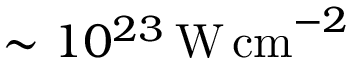
\sim 1 0 ^ { 2 3 } \, \mathrm { W \, c m } ^ { - 2 }